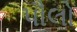
પૌલો